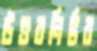
উত্তরনির্ভর